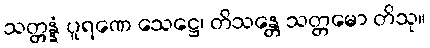
သတ္တန္နံ ပူရဏေ သေဋ္ဌေ၊ တိသန္တေ သတ္တမော တိသု။